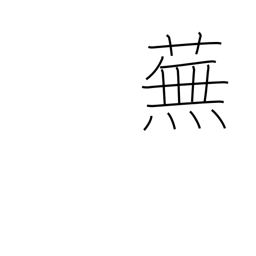
Meaning: turnip